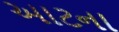
આટના